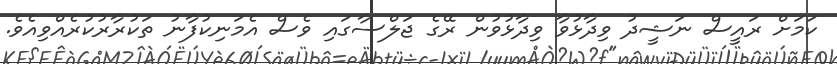
ކަމަށް ރައީސް ނަޝީދު ވިދާޅުވާ ވިދާޅުވުން ރޭގެ ޖަލްސާގައި ވެސް އެމަނިކުފާނު ތަކުރާރުކުރެއްވިއެވެ.